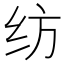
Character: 纺